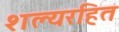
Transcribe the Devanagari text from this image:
शल्यरहित